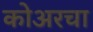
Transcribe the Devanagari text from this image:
कोअरचा